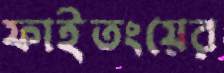
ফাইতংয়ের